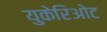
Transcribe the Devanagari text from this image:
युकेरिओट